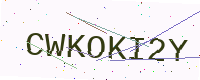
Text: CWKOKI2Y